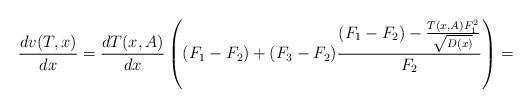
LaTeX: \begin{align*}\frac{dv(T,x)}{dx}=\frac{dT(x,A)}{dx}\left((F_{1}-F_{2})+(F_{3}-F_{2})\frac{(F_{1}-F_{2})-\frac{T(x,A)F_{1}^{2}}{\sqrt{D(x)}}}{F_{2}}\right)=\end{align*}